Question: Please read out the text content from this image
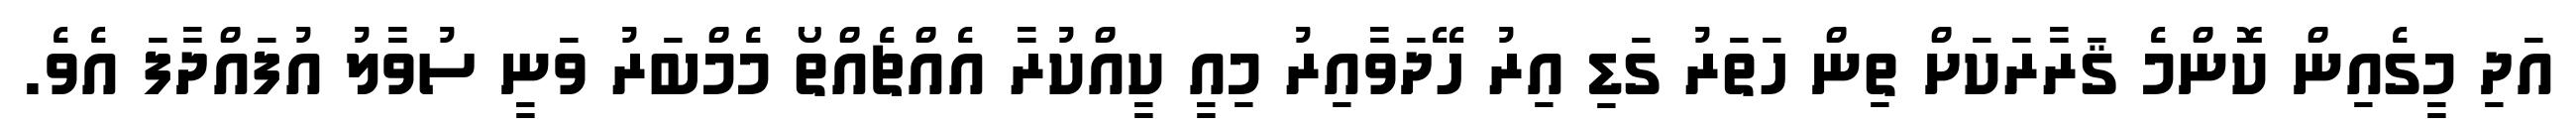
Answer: އަދި މީގެއިން ކޮންމެ ޤަރާރަކަށް ތިން ހަތަރު ގަޑި އިރު ހޭދަވާއިރު މިއީ ކީއްކުރާ އެއްޗެއްތޯ މެމްބަރު ވަނީ ސުވާލު އުފައްދާފަ އެވެ.